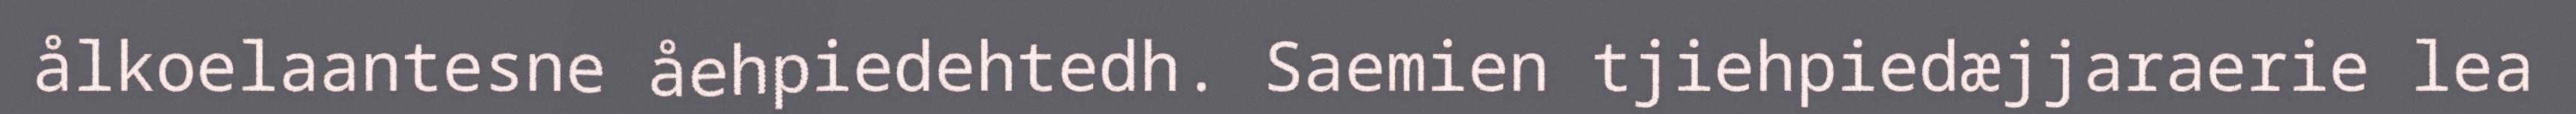
ålkoelaantesne åehpiedehtedh. Saemien tjiehpiedæjjaraerie lea